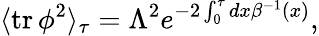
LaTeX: \langle\mathrm{tr}\, \phi^{2}\rangle_{\tau}=\Lambda^{2}e^{-2\int_{0}^{\tau}{dx\beta^{-1}(x)}},